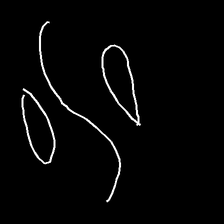
Glyph: water